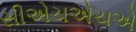
સીએચએચએ